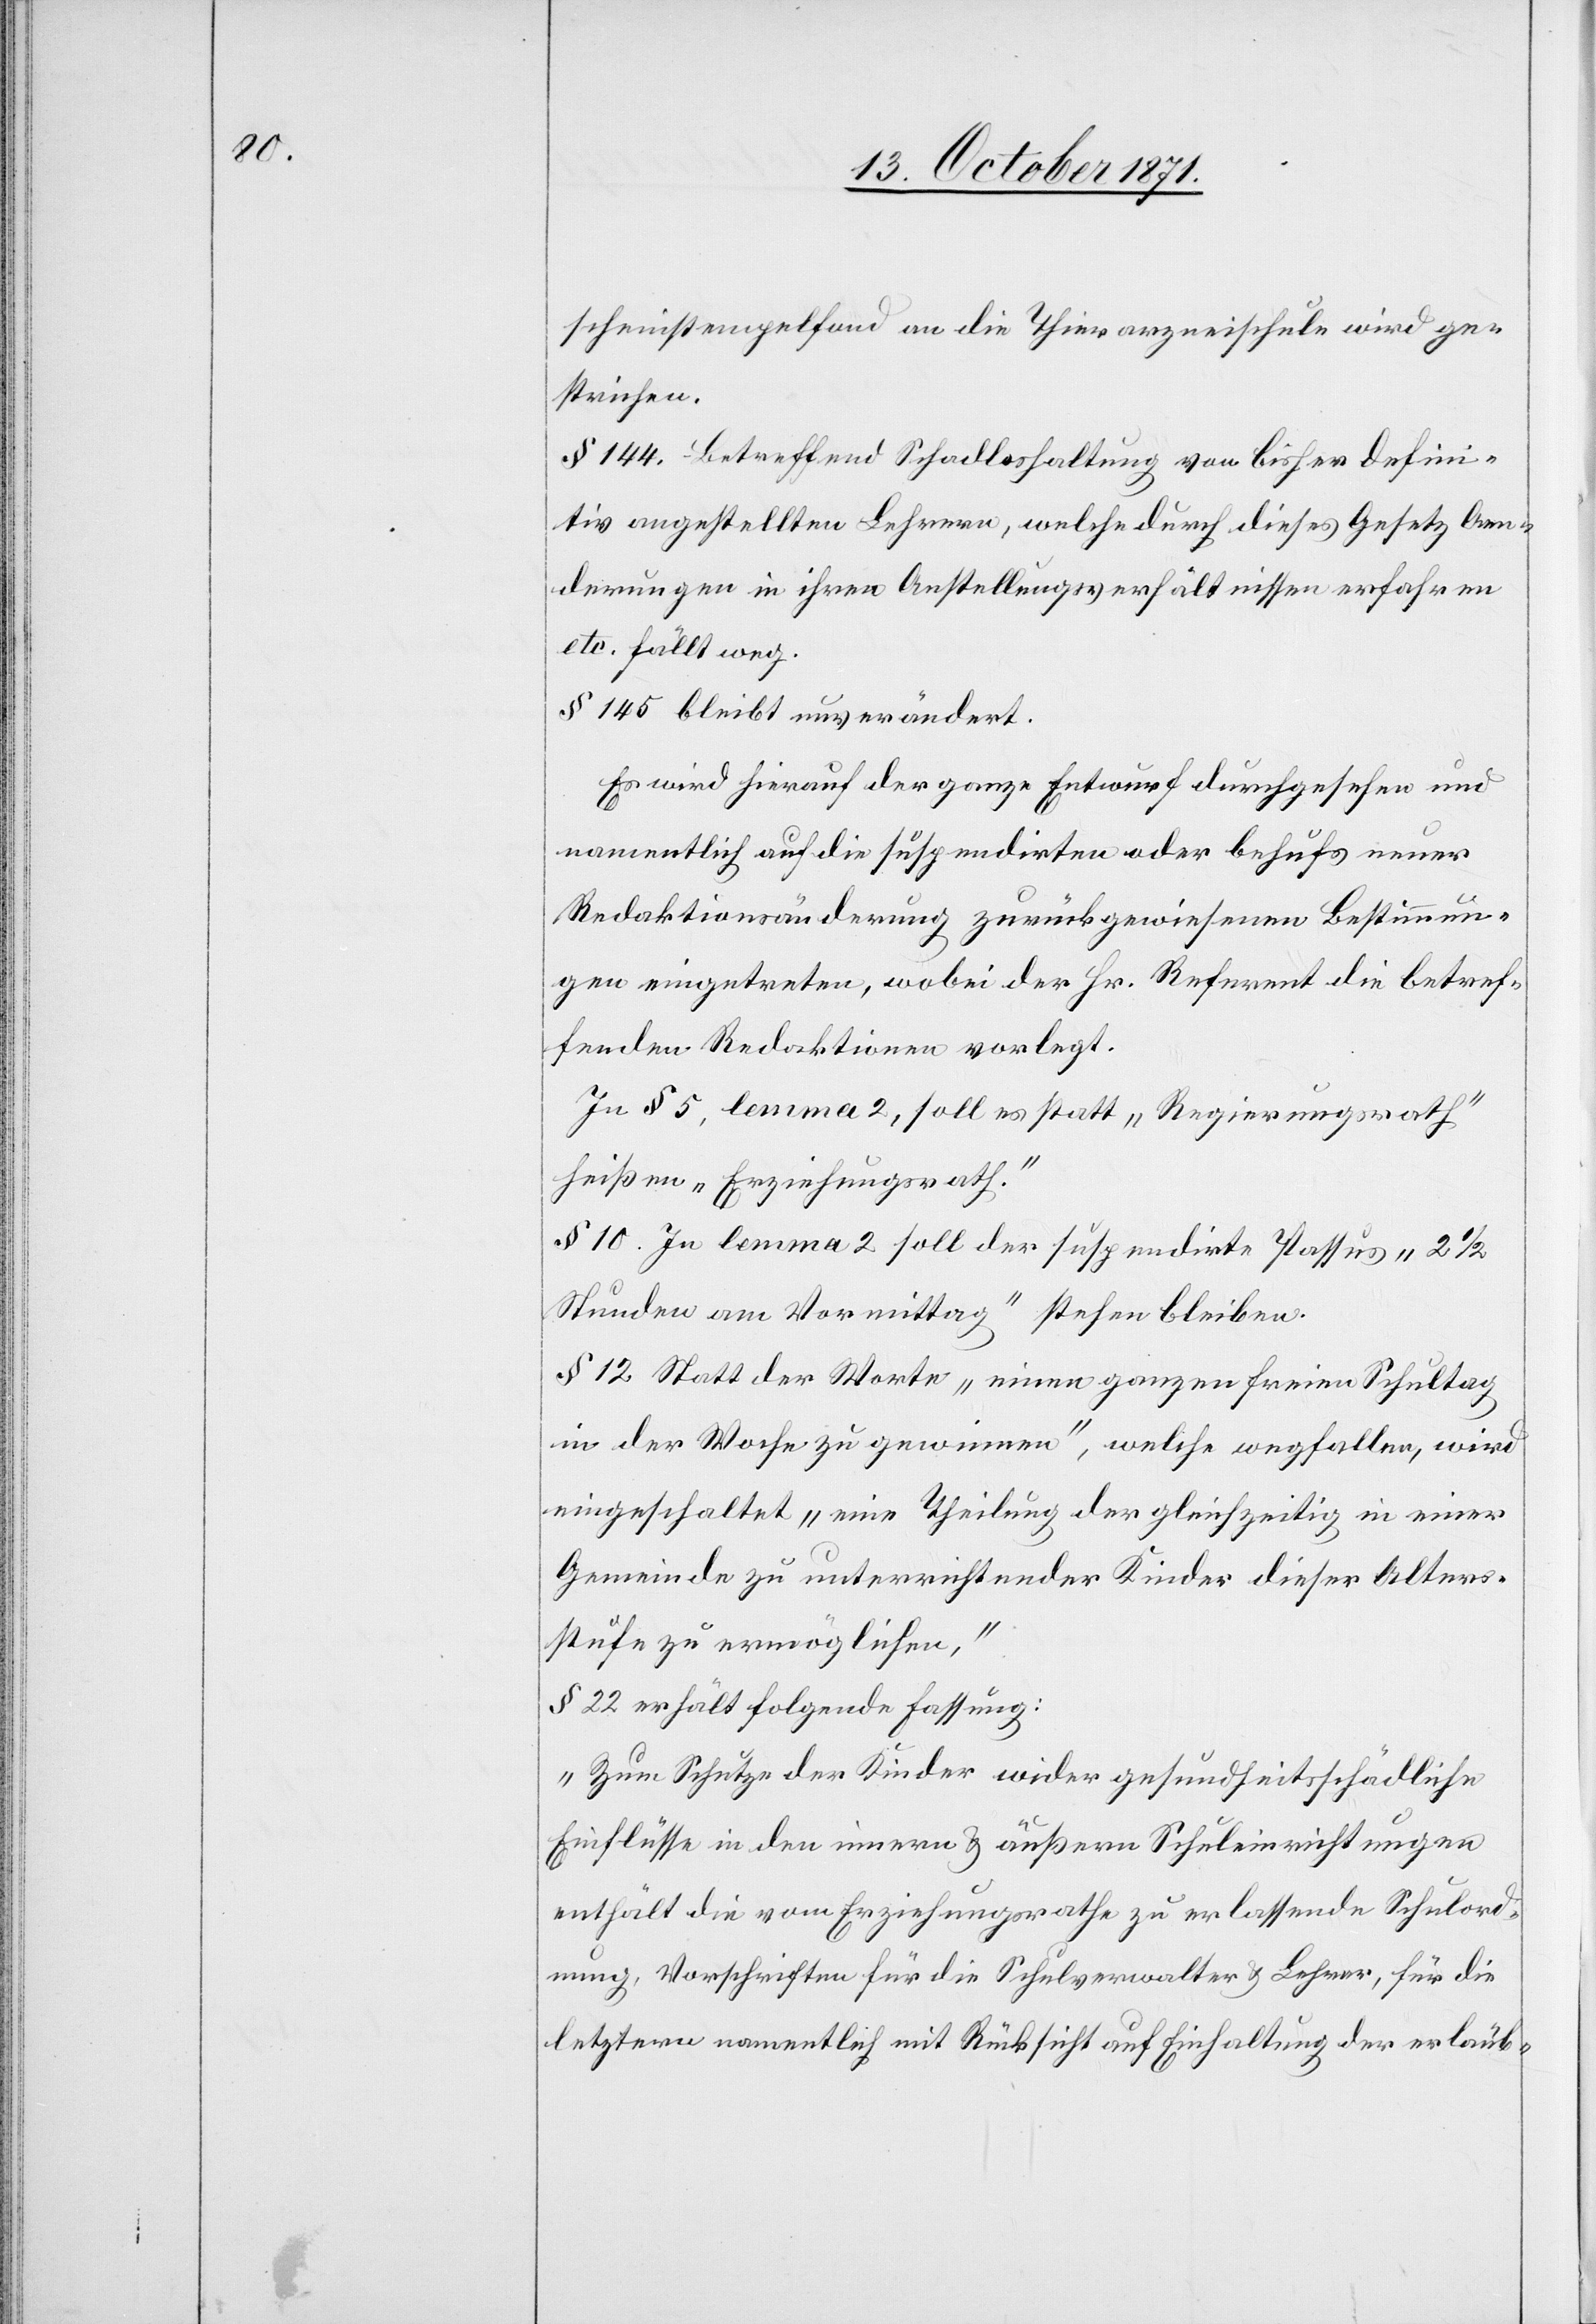
scheinstempelfond an die Thierarzneischule wird ge¬
strichen.
§ 144. Betreffend Schadloshaltung von bisher defini¬
tiv angestellten Lehrern, welche durch dieses Gesetz Aen¬
derungen in ihren Anstellungsverhältnissen erfahren
etc. fällt weg.
§ 145 bleibt unverändert.
Es wird hierauf der ganze Entwurf durchgesehen und
namentlich auf die suspendirten oder behufs neuer
Redaktionsänderung zurückgewiesenen Bestimmun¬
gen eingetreten, wobei der Hr. Referent die betref¬
fenden Redaktionen vorlegt.
In § 5, lemma 2, soll es statt „Regierungsrath“
heißen „Erziehungsrath“.
§ 10. In lemma 2 soll der suspendirte Passus „2 1/2
Stunden am Vormittag“ stehen bleiben.
§ 12. Statt der Worte „einen ganzen freien Schultag
in der Woche zu gewinnen“, welche wegfallen, wird
eingeschaltet „eine Theilung der gleichzeitig in einer
Gemeinde zu unterrichtender Kinder dieser Alters¬
stufe zu ermöglichen.“
§ 22 erhält folgende Fassung:
„Zum Schutze der Kinder wider gesundheitsschädliche
Einflüsse in den innern & äußern Schuleinrichtungen
enthält die vom Erziehungsrathe zu erlassende Schulord¬
nung, Vorschriften für die Schulverwalter & Lehrer, für die
letztern namentlich mit Rücksicht auf die Einhaltung der erlaub-